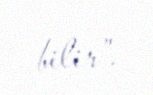
bilir”.